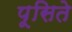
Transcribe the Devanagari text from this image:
पूसिते